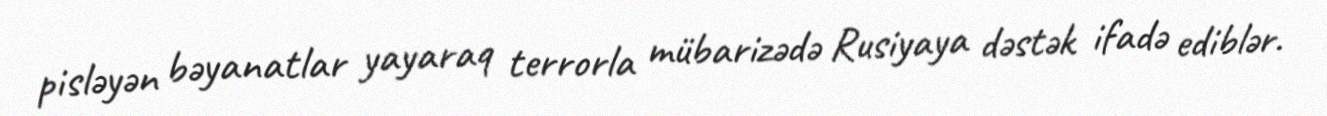
pisləyən bəyanatlar yayaraq terrorla mübarizədə Rusiyaya dəstək ifadə ediblər.